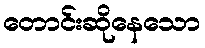
တောင်းဆိုနေသော